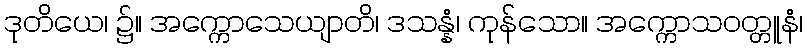
ဒုတိယေ၊ ၌။ အက္ကောသေယျာတိ၊ ဒသန္နံ၊ ကုန်သော။ အက္ကောသဝတ္တူနံ၊